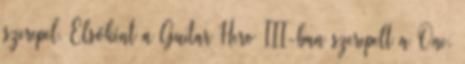
szerepel. Elsőként a Guitar Hero III-ban szerepelt a One,